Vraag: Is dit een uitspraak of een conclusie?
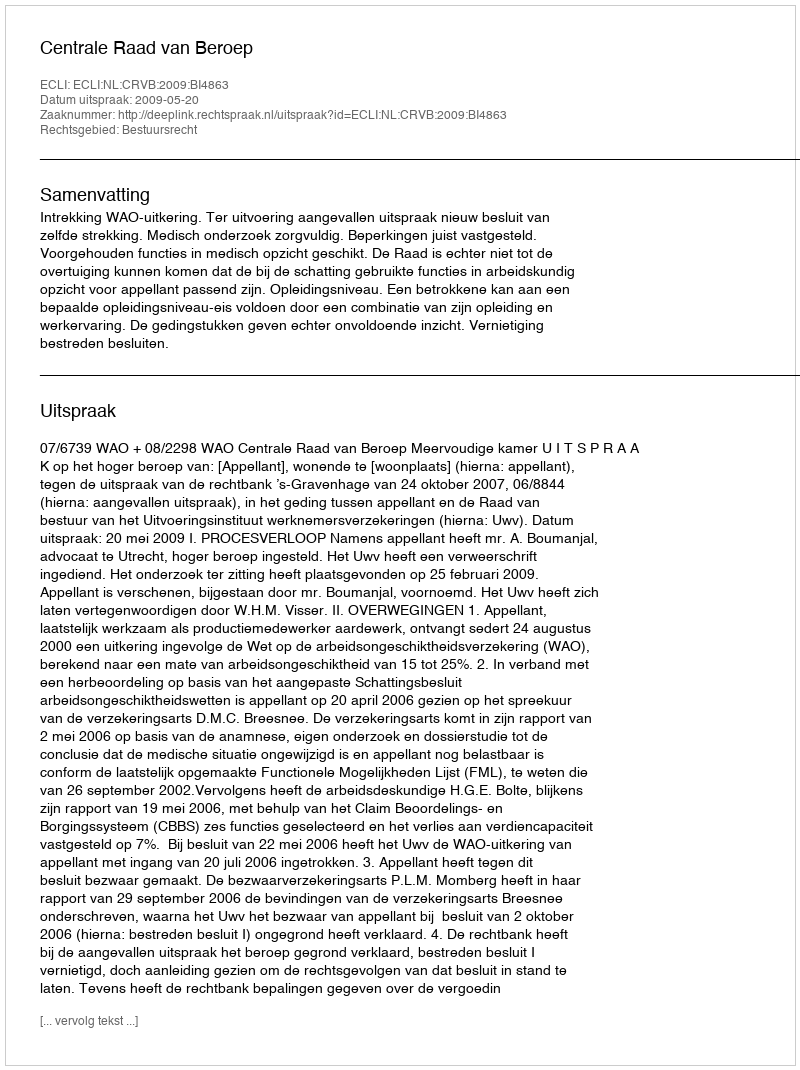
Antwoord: Uitspraak